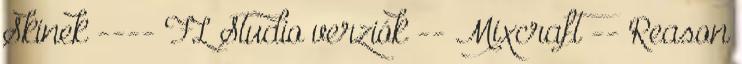
Skinek ---- FL Studio verziók -- Mixcraft -- Reason